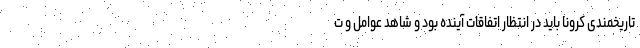
تاریخمندی کرونا باید در انتظار اتفاقات آینده بود و شاهد عوامل و ت